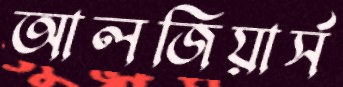
আলজিয়ার্স